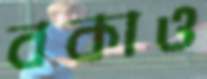
বকাও